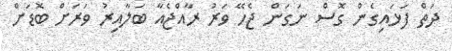
ދަތް ފަޅައިގެން ގޮސް ނަގަން ޖެހޭ ވަރު ރާއްޖެއާ ބަލާއިރު ވަރަށް ބޮޑަށް